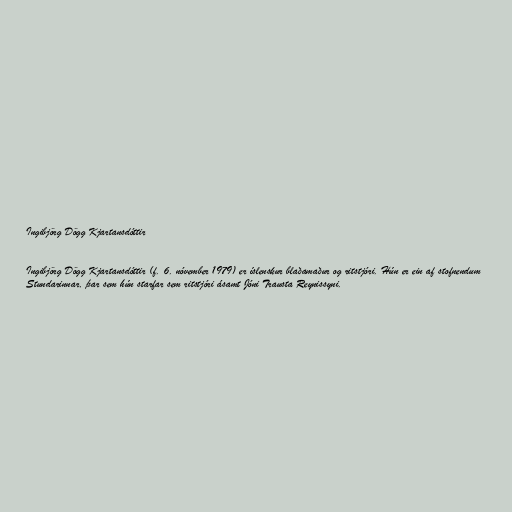
Ingibjörg Dögg Kjartansdóttir

Ingibjörg Dögg Kjartansdóttir (f. 6. nóvember 1979) er íslenskur blaðamaður og ritstjóri. Hún er ein af stofnendum
Stundarinnar, þar sem hún starfar sem ritstjóri ásamt Jóni Trausta Reynissyni.